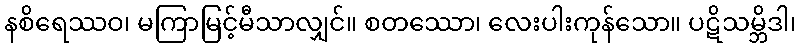
နစိရေဿဝ၊ မကြာမြင့်မီသာလျှင်။ စတဿော၊ လေးပါးကုန်သော။ ပဋိသမ္ဘိဒါ၊